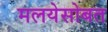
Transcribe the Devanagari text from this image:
मलयेसोबत